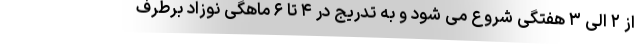
از ۲ الی ۳ هفتگی شروع می شود و به تدریج در ۴ تا ۶ ماهگی نوزاد برطرف